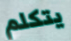
يتكلم